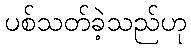
ပစ်သတ်ခဲ့သည်ဟု